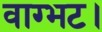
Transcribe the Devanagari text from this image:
वाग्भट।